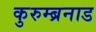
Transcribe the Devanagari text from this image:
कुरुम्ब्रनाड